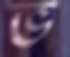
ভ